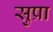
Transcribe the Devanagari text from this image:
सुप्रा